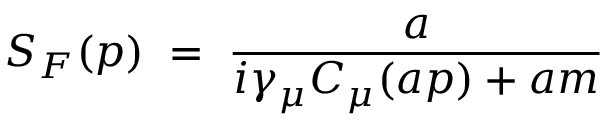
S _ { F } ( p ) \; = \; \frac { a } { i \gamma _ { \mu } C _ { \mu } ( a p ) + a m }